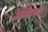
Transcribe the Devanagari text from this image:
मोतीटाका